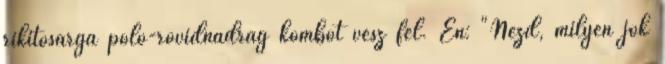
rikítósárga póló-rövidnadrág kombót vesz fel. Én: "Nézd, milyen jók